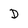
Character: D